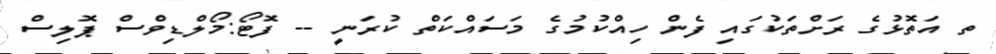
ތ އަތޮޅުގެ ރަށްތަކުގައި ފެން ހިއްކުމުގެ މަސައްކަތް ކުރަނީ -- ފޮޓޯ:މޯލްޑިވްސް ޕޮލިސް